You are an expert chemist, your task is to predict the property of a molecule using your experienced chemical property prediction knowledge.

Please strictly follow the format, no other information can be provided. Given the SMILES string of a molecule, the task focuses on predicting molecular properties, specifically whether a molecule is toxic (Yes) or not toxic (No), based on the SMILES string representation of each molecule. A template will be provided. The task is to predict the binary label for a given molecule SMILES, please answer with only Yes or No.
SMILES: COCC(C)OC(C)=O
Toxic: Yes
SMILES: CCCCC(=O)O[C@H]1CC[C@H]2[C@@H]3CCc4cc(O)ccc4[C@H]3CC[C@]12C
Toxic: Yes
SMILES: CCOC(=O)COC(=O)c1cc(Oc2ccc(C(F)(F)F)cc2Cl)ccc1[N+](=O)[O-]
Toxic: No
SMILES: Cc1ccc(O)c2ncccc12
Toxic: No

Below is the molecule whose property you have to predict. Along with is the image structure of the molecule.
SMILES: NCCN1CCOCC1
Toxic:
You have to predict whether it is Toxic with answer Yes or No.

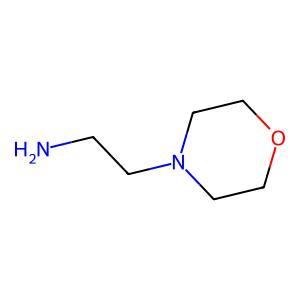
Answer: No